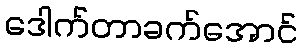
ဒေါက်တာခက်အောင်